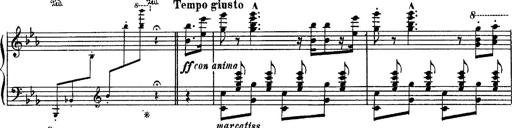
Title: Fantaisie sur des motifs favoris de l'opÃ©ra 'La sonnambula'
Composer: Franz Liszt